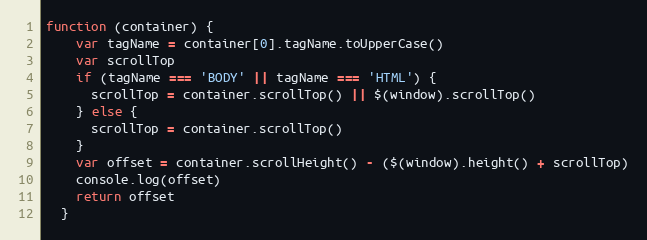
Language: JavaScript
function (container) {
    var tagName = container[0].tagName.toUpperCase()
    var scrollTop
    if (tagName === 'BODY' || tagName === 'HTML') {
      scrollTop = container.scrollTop() || $(window).scrollTop()
    } else {
      scrollTop = container.scrollTop()
    }
    var offset = container.scrollHeight() - ($(window).height() + scrollTop)
    console.log(offset)
    return offset
  }